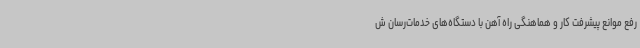
رفع موانع پیشرفت کار و هماهنگی راه آهن با دستگاه‌های خدمات‌رسان ش